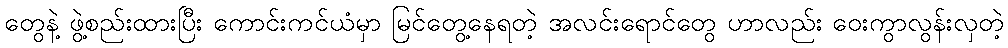
တွေနဲ့ ဖွဲ့စည်းထားပြီး ကောင်းကင်ယံမှာ မြင်တွေ့နေရတဲ့ အလင်းရောင်တွေ ဟာလည်း ဝေးကွာလွန်းလှတဲ့